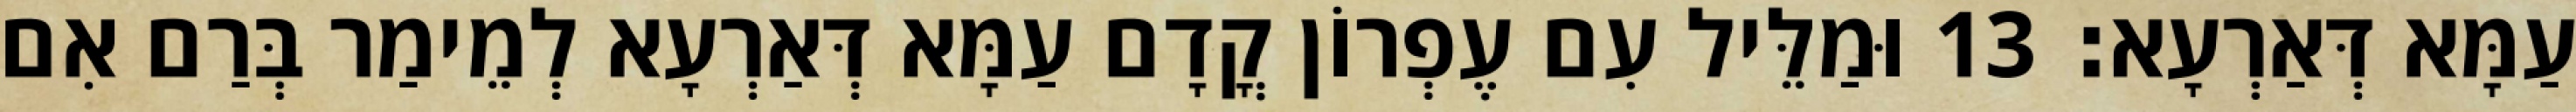
עַמָּא דְּאַרְעָא׃ 13 וּמַלֵּיל עִם עֶפְרוֹן קֳדָם עַמָּא דְּאַרְעָא לְמֵימַר בְּרַם אִם